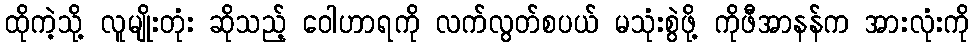
ထိုကဲ့သို့ လူမျိုးတုံး ဆိုသည့် ဝေါဟာရကို လက်လွတ်စပယ် မသုံးစွဲဖို့ ကိုဖီအာနန်က အားလုံးကို